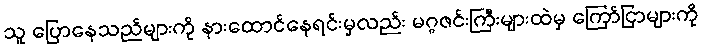
သူ ပြောနေသည်များကို နားထောင်နေရင်းမှလည်း မဂ္ဂဇင်းကြီးများထဲမှ ကြော်ငြာများကို